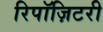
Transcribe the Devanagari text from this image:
रिपॉज़िटरी